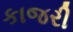
કાજરી